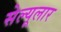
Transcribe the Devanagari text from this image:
सेल्यूलार